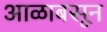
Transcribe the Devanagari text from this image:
आळाबसून